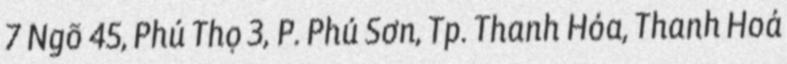
7 Ngõ 45, Phú Thọ 3, P. Phú Sơn, Tp. Thanh Hóa, Thanh Hoá